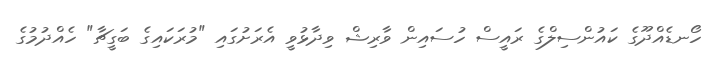
ހޯނޑެއްދޫގެ ކައުންސިލްގެ ރައީސް ހުސައިން ވާރިޝް ވިދާޅުވީ އެރަށުގައި "މުރަކައިގެ ބަގީޗާ" ހެއްދުމުގެ